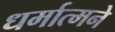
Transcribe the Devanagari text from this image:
धर्मात्मने